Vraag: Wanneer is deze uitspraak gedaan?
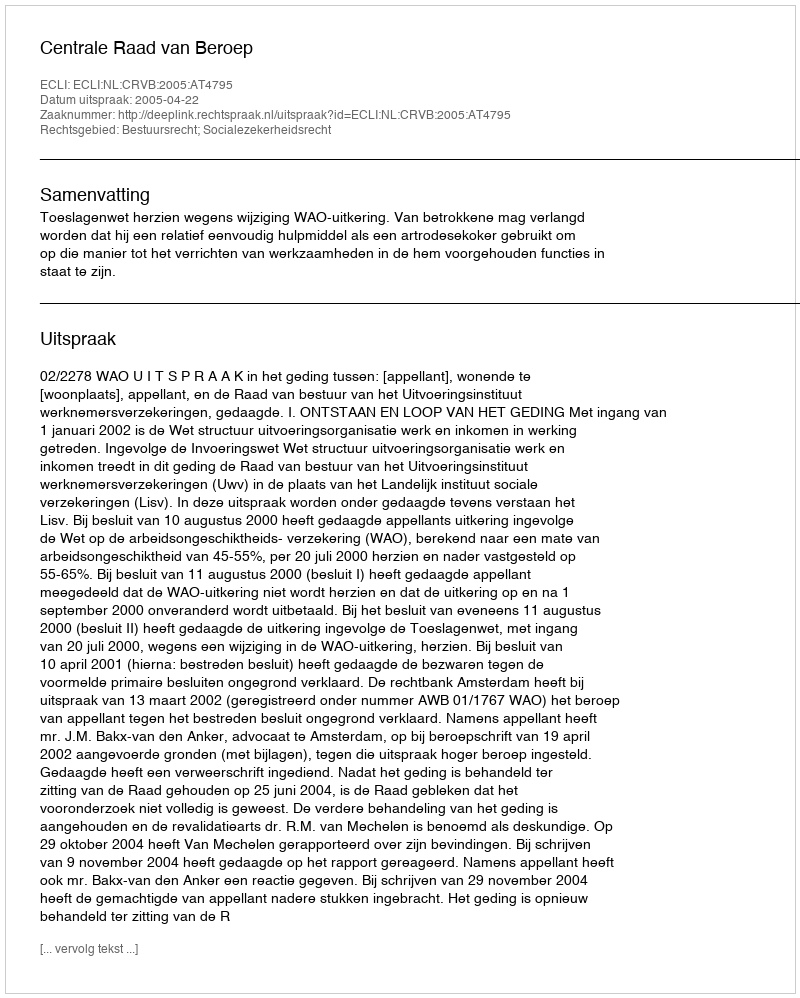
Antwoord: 2005-04-22